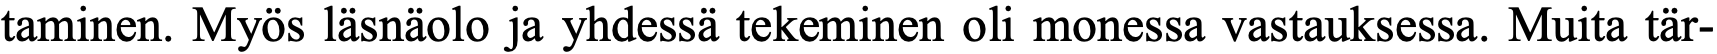
taminen. Myös läsnäolo ja yhdessä tekeminen oli monessa vastauksessa. Muita tär-